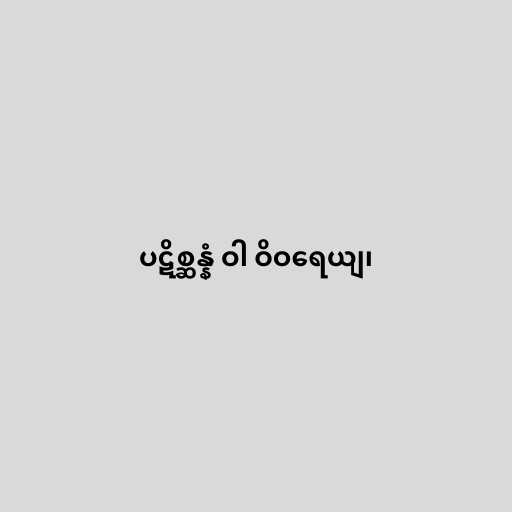
ပဋိစ္ဆန္နံ ဝါ ဝိဝရေယျ၊